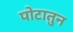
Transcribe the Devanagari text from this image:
पोटातुन